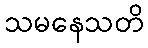
သမနေသတိ